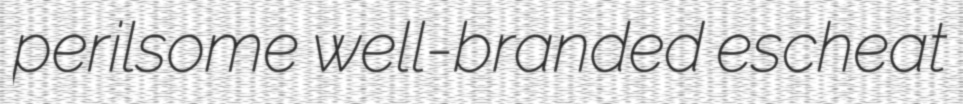
perilsome well-branded escheat